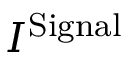
I ^ { \mathrm { S i g n a l } }